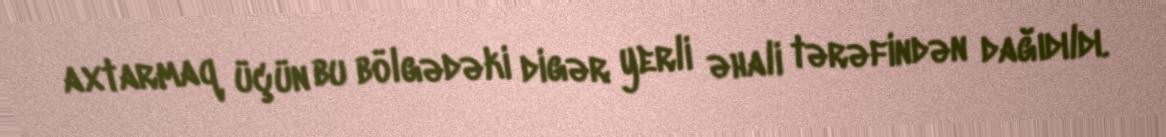
axtarmaq üçün bu bölgədəki digər yerli əhali tərəfindən dağıdıldı.